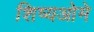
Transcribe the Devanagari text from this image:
शिष्यओमे